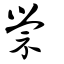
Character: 禜